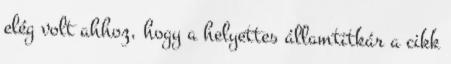
elég volt ahhoz, hogy a helyettes államtitkár a cikk